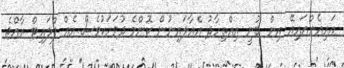
އައިއެންއައިއޭ އިން ބުނީ އިއްތިހާދު އެއާލައިނުން ކޮންމެ ދުވަހަކުވެސް އެއް ފްލައިޓް ރާއްޖެ